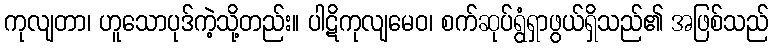
ကုလျတာ၊ ဟူသောပုဒ်ကဲ့သို့တည်း။ ပါဋိကုလျမေဝ၊ စက်ဆုပ်ရွံရှာဖွယ်ရှိသည်၏ အဖြစ်သည်